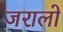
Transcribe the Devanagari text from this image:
जरालो